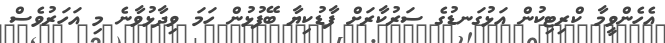
އެހެންވީމާ ކްރިޓިކުން އަޅުގަނޑުގެ ސަރުކާރަށް ފާޑުކިޔާ ބޭފުޅުން ހަމަ ވިދާޅުވާނެ މި އަހަރުވެސް